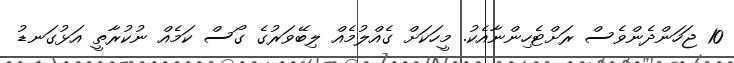
10 ޖަހަންދެންވެސް ރަށްޓެހިންނާއެކު. މީހަކަށް ގެއްލުމެއް ލިބޭވަރުގެ ގޯސް ކަމެއް ނުކުރާތީ އަޅުގަނޑު